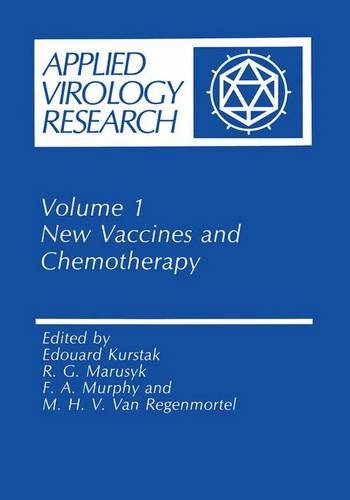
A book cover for New Vaccines and Chemotherapy (Annals of Theoretical Psychology); Medical Books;